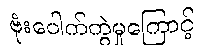
ဗုံးပေါက်ကွဲမှုကြောင့်